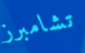
تشامبرز